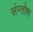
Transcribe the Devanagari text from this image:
संन्‍तोष